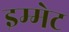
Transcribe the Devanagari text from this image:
इम्मेट